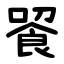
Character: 䬭